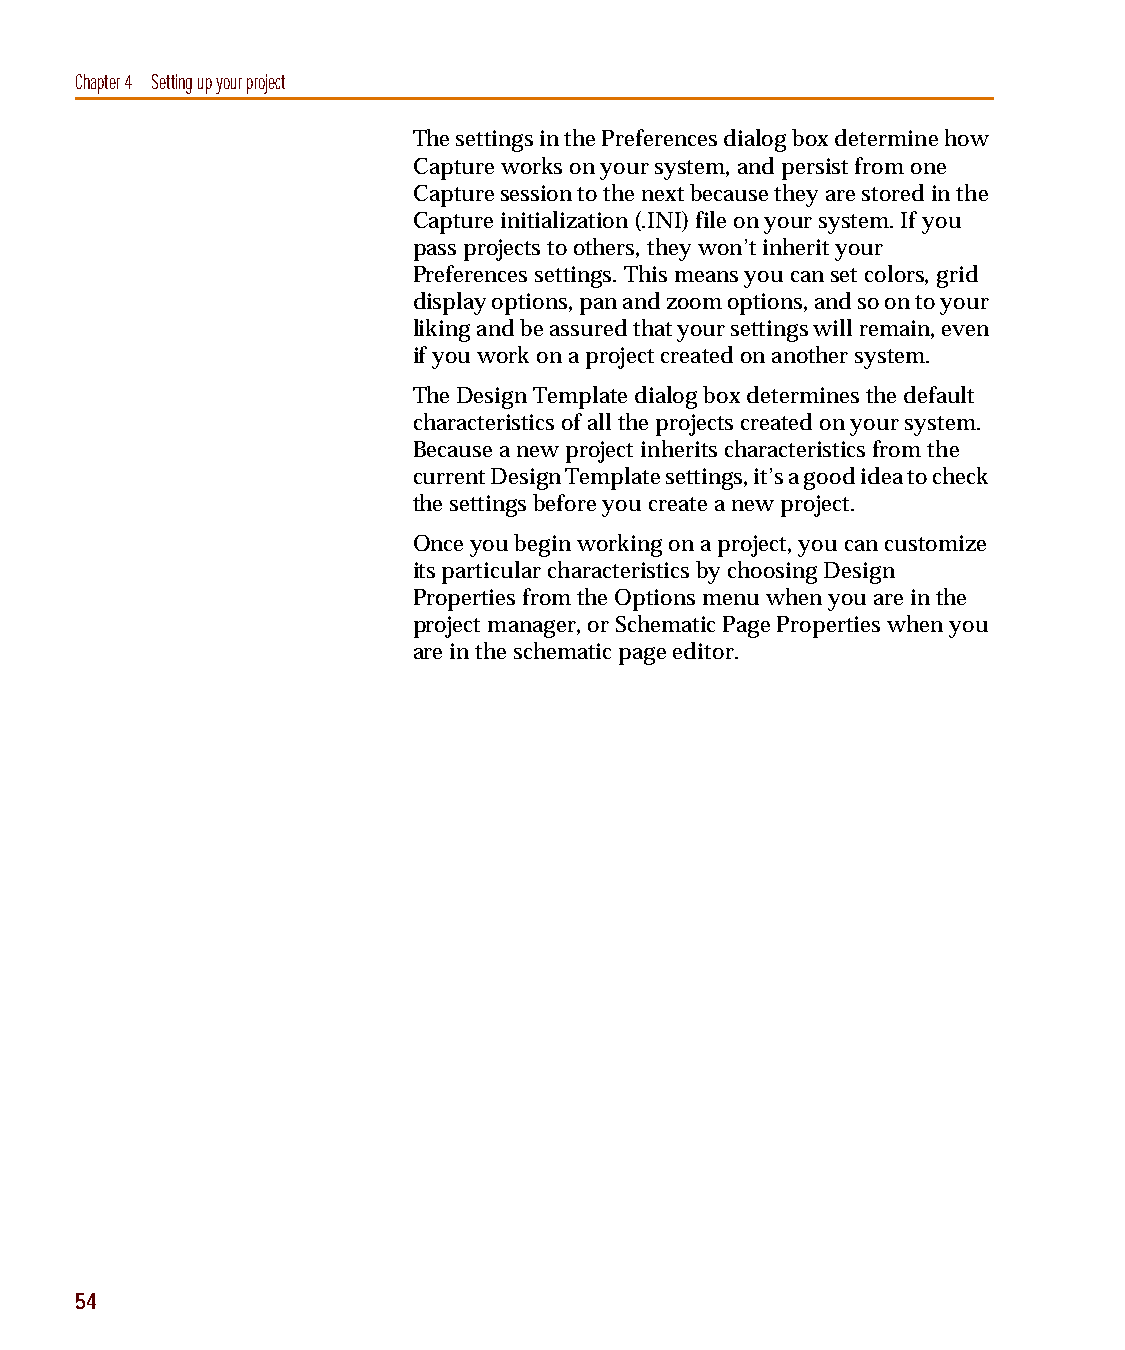
capug.book Page 54 Thursday, November 12, 1998 3:38 PM
 Chapter 4 Setting up your project
 The settings in the Preferences dialog box determine how
 Capture works on your system, and persist from one
 Capture session to the next because they are stored in the
 Capture initialization (.INI) file on your system. If you
 pass projects to others, they won’t inherit your
 Preferences settings. This means you can set colors, grid
 display options, pan and zoom options, and so on to your
 liking and be assured that your settings will remain, even
 if you work on a project created on another system.
 The Design Template dialog box determines the default
 characteristics of all the projects created on your system.
 Because a new project inherits characteristics from the
 current Design Template settings, it’s a good idea to check
 the settings before you create a new project.
 Once you begin working on a project, you can customize
 its particular characteristics by choosing Design
 Properties from the Options menu when you are in the
 project manager, or Schematic Page Properties when you
 are in the schematic page editor.
 54